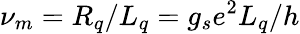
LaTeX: \nu_{m}=R_{q}/L_{q}=g_{s}e^{2}L_{q}/h